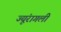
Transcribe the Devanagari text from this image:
ज्यूंरागली